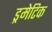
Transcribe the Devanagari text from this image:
ड्रमेटिक